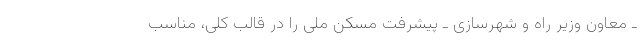
ـ معاون وزیر راه و شهرسازی ـ پیشرفت مسکن ملی را در قالب کلی، مناسب